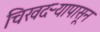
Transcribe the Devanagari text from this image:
चिखदऱ्यापासून